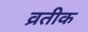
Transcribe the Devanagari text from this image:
व्रतीक